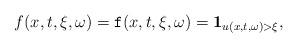
LaTeX: \begin{align*}f(x,t,\xi,\omega)=\mathtt{f}(x,t,\xi,\omega)=\mathbf{1}_{u(x,t,\omega)>\xi},\end{align*}